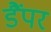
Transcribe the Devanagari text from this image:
डैंपर